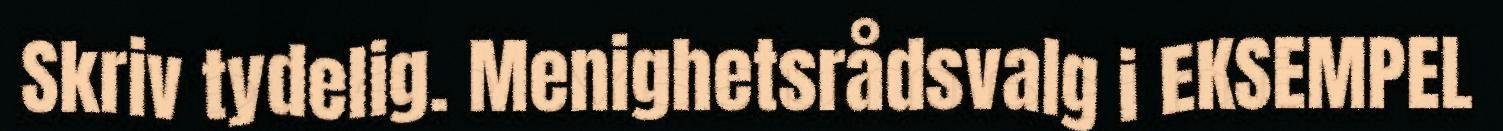
Skriv tydelig. Menighetsrådsvalg i EKSEMPEL